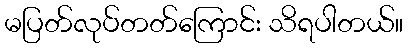
မပြတ်လုပ်တတ်ကြောင်း သိရပါတယ်။